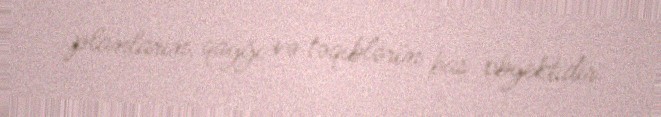
planların, qayğı və təqiblərin baş obyektidir.